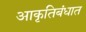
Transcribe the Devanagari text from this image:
आकृतिबंधात